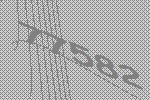
77582